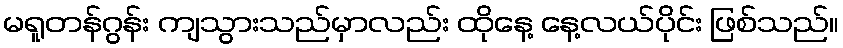
မရူတန်ဂွန်း ကျသွားသည်မှာလည်း ထိုနေ့ နေ့လယ်ပိုင်း ဖြစ်သည်။